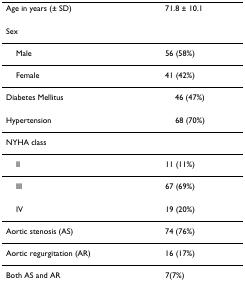
<table><thead><tr><td><b>Age in years (± SD)</b></td><td><b>71.8 ± 10.1</b></td></tr></thead><tbody><tr><td>Sex</td><td></td></tr><tr><td> Male</td><td>56 (58%)</td></tr><tr><td> Female</td><td>41 (42%)</td></tr><tr><td>Diabetes Mellitus</td><td> 46 (47%)</td></tr><tr><td>Hypertension</td><td> 68 (70%)</td></tr><tr><td>NYHA class</td><td></td></tr><tr><td> II</td><td>11 (11%)</td></tr><tr><td> III</td><td>67 (69%)</td></tr><tr><td> IV</td><td>19 (20%)</td></tr><tr><td>Aortic stenosis (AS)</td><td>74 (76%)</td></tr><tr><td>Aortic regurgitation (AR)</td><td>16 (17%)</td></tr><tr><td>Both AS and AR</td><td>7(7%)</td></tr></tbody></table>